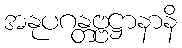
အနုပဂန္တဗ္ဗဋ္ဌာနာနိ